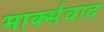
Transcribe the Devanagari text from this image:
मार्क्‍सवाद